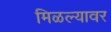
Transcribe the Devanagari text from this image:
मिळल्यावर